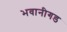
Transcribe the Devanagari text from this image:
भवानीगड